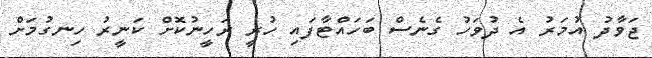
ޖަވާދު އުމަރު އެ ދުވަހު ގެނެސް ބަހައްޓާފައި ހުރީ ރަހީނުކޮށް ކަނީރު ހިނގުމަށް